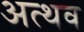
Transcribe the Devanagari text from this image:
अत्थव